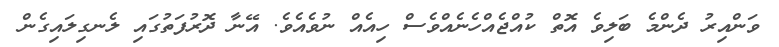
ވަންއިރު ދެންމެ ބަލިވެ އޮތް ކުއްޖެއްހެނެއްވެސް ހިއެއް ނުވެއެވެ. އޭނާ ދޮރުފަތުގައި ލެނގިލައިގެން